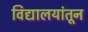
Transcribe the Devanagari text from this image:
विद्यालयांतून